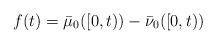
LaTeX: \begin{align*}f(t)=\bar{\mu}_{0}([0,t))-\bar{\nu}_{0}([0,t))\end{align*}